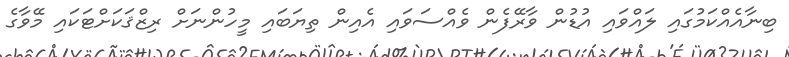
ބިނާއެއްކަމުގައި ލައްވައި އުޑުން ވާރޭފެން ވެއްސަވައި އެއިން ތިޔަބައި މީހުންނަށް ރިޒްޤަކަށްޓަކައި މޭވާގެ